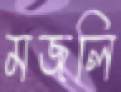
মজলি